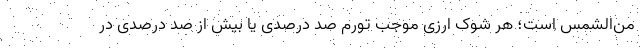
من‌الشمس است؛ هر شوک ارزی موجب تورم صد درصدی یا بیش از صد درصدی در